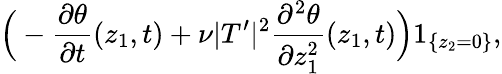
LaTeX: \Big(-\frac{\partial\theta}{\partial t}(z_{1},t)+\nu|T^{\prime}|^{2}\frac{\partial^{2}\theta}{\partial z_{1}^{2}}(z_{1},t)\Big)1_{\{ z_{2}=0\} },